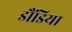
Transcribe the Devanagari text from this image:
डौंडिया